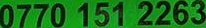
0770 151 2263